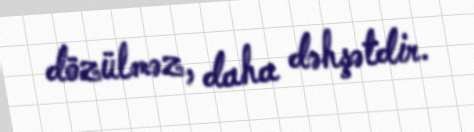
dözülməz, daha dəhşətdir.